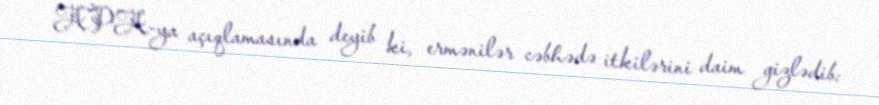
APA-ya açıqlamasında deyib ki, ermənilər cəbhədə itkilərini daim gizlədib: